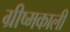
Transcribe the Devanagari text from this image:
ग्रीष्मकाली